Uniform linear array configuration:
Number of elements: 32
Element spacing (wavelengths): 1
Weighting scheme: uniform
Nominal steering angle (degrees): -60
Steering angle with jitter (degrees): -60.73
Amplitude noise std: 0.05
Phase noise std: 0.05

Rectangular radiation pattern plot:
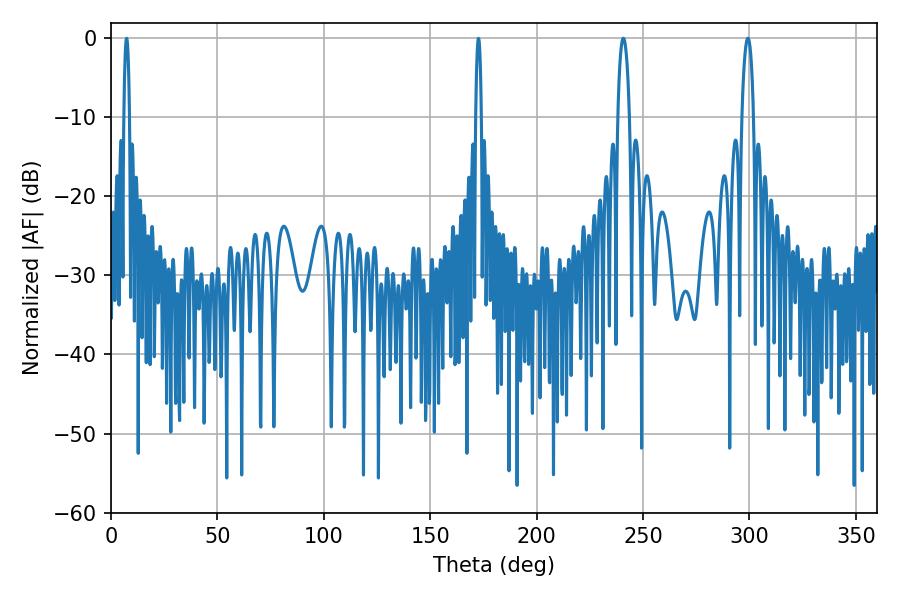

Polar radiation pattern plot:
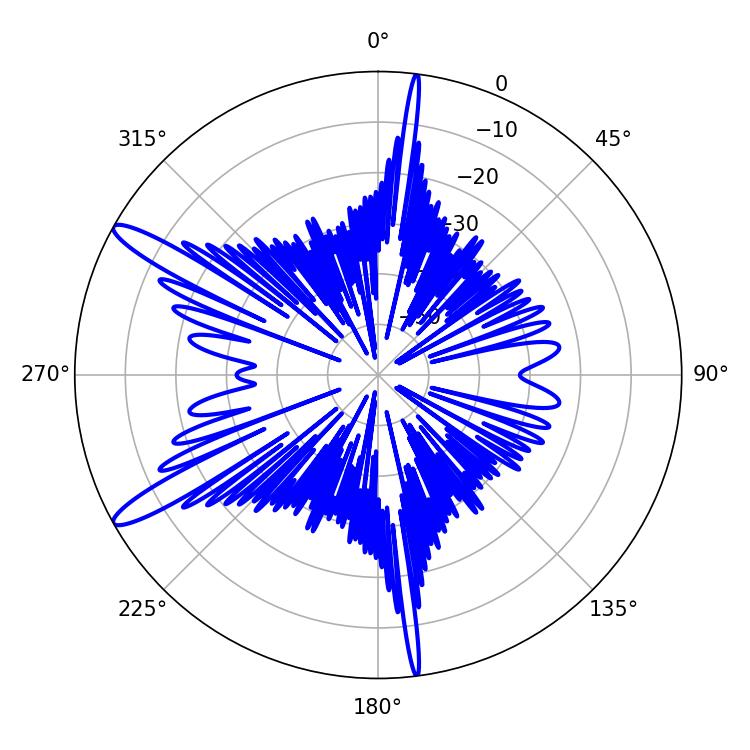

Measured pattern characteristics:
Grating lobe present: TRUE
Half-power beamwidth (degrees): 3.06
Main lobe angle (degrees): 299.34